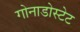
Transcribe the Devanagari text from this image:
गोनाडोस्टेट